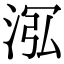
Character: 𣴦